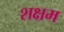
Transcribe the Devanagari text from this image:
शक्षम